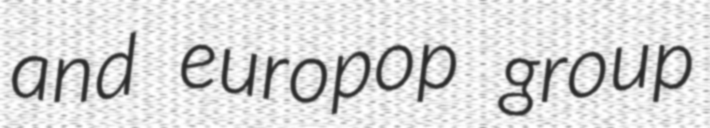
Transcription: and europop group